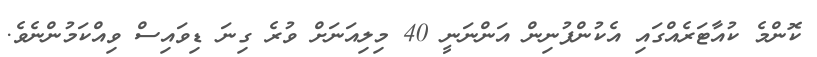
ކޮންމެ ކުއާޓަރެއްގައި އެކުންފުނިން އަންނަނީ 40 މިލިއަނަށް ވުރެ ގިނަ ޑިވައިސް ވިއްކަމުންނެވެ.